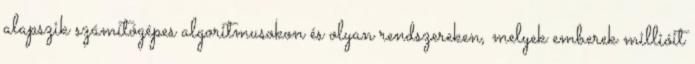
alapszik számítógépes algoritmusokon és olyan rendszereken, melyek emberek millióit